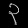
Digit: ၃